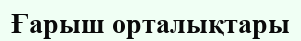
Ғарыш орталықтары